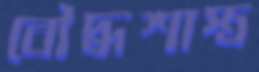
বৌদ্ধশাস্ত্র